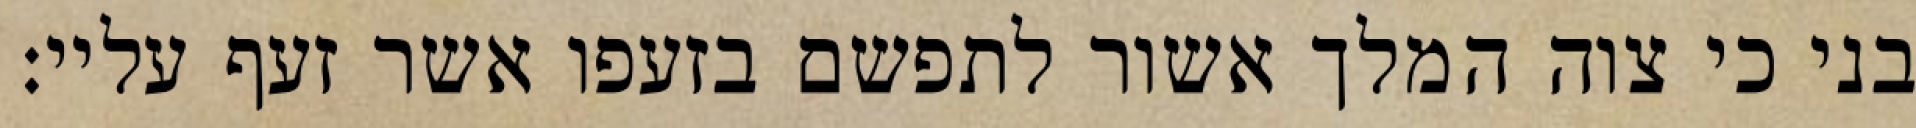
בני כי צוה המלך אשור לתפשם בזעפו אשר זעף עליי: